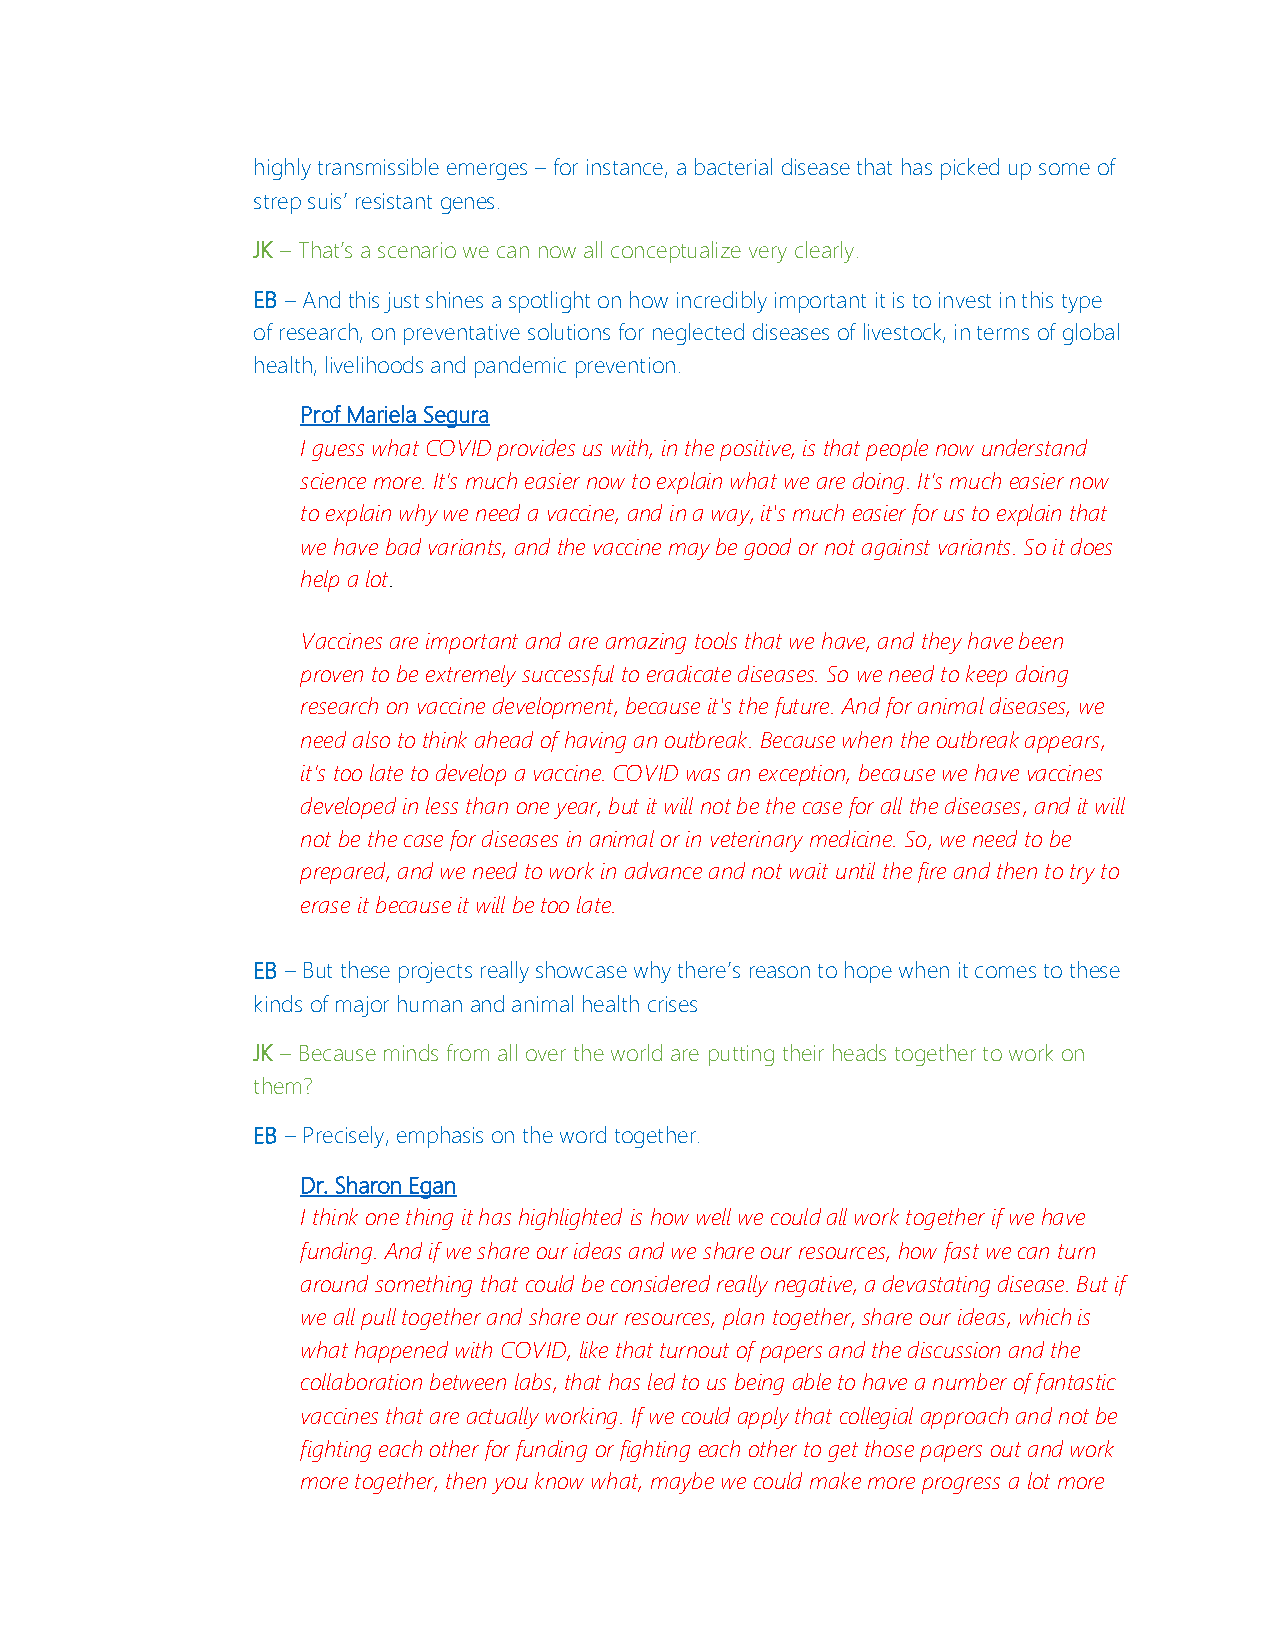
highly transmissible emerges – for instance, a bacterial disease that has picked up some of
 strep suis’ resistant genes.
 JK – That’s a scenario we can now all conceptualize very clearly.
 EB – And this just shines a spotlight on how incredibly important it is to invest in this type
 of research, on preventative solutions for neglected diseases of livestock, in terms of global
 health, livelihoods and pandemic prevention.
 Prof Mariela Segura
 I guess what COVID provides us with, in the positive, is that people now understand
 science more. It’s much easier now to explain what we are doing. It’s much easier now
 to explain why we need a vaccine, and in a way, it's much easier for us to explain that
 we have bad variants, and the vaccine may be good or not against variants. So it does
 help a lot.
 Vaccines are important and are amazing tools that we have, and they have been
 proven to be extremely successful to eradicate diseases. So we need to keep doing
 research on vaccine development, because it's the future. And for animal diseases, we
 need also to think ahead of having an outbreak. Because when the outbreak appears,
 it’s too late to develop a vaccine. COVID was an exception, because we have vaccines
 developed in less than one year, but it will not be the case for all the diseases, and it will
 not be the case for diseases in animal or in veterinary medicine. So, we need to be
 prepared, and we need to work in advance and not wait until the fire and then to try to
 erase it because it will be too late.
 EB – But these projects really showcase why there’s reason to hope when it comes to these
 kinds of major human and animal health crises
 JK – Because minds from all over the world are putting their heads together to work on
 them?
 EB – Precisely, emphasis on the word together.
 Dr. Sharon Egan
 I think one thing it has highlighted is how well we could all work together if we have
 funding. And if we share our ideas and we share our resources, how fast we can turn
 around something that could be considered really negative, a devastating disease. But if
 we all pull together and share our resources, plan together, share our ideas, which is
 what happened with COVID, like that turnout of papers and the discussion and the
 collaboration between labs, that has led to us being able to have a number of fantastic
 vaccines that are actually working. If we could apply that collegial approach and not be
 fighting each other for funding or fighting each other to get those papers out and work
 more together, then you know what, maybe we could make more progress a lot more